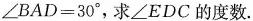
$$\angle BAD=30^{\circ}$$，求\angle EDC的度数.